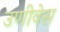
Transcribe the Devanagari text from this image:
उणीवेस